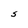
Character: S